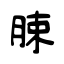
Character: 脨